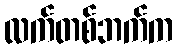
လက်တစ်ဘက်က